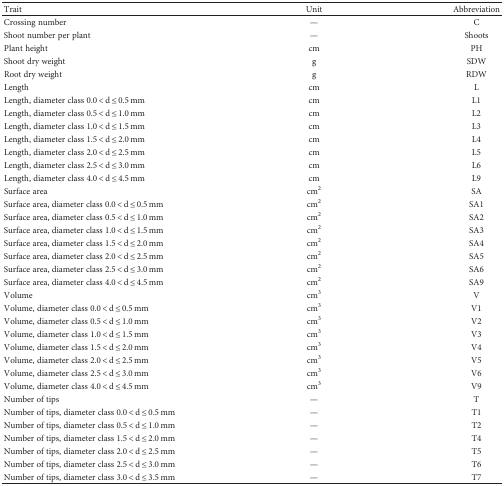
<table><thead><tr><td><b>Trait</b></td><td><b>Unit</b></td><td><b>Abbreviation</b></td></tr></thead><tbody><tr><td>Crossing number</td><td>—</td><td>C</td></tr><tr><td>Shoot number per plant</td><td>—</td><td>Shoots</td></tr><tr><td>Plant height</td><td>cm</td><td>PH</td></tr><tr><td>Shoot dry weight</td><td>g</td><td>SDW</td></tr><tr><td>Root dry weight</td><td>g</td><td>RDW</td></tr><tr><td>Length</td><td>cm</td><td>L</td></tr><tr><td>Length, diameter class 0.0 &lt; d ≤ 0.5 mm</td><td>cm</td><td>L1</td></tr><tr><td>Length, diameter class 0.5 &lt; d ≤ 1.0 mm</td><td>cm</td><td>L2</td></tr><tr><td>Length, diameter class 1.0 &lt; d ≤ 1.5 mm</td><td>cm</td><td>L3</td></tr><tr><td>Length, diameter class 1.5 &lt; d ≤ 2.0 mm</td><td>cm</td><td>L4</td></tr><tr><td>Length, diameter class 2.0 &lt; d ≤ 2.5 mm</td><td>cm</td><td>L5</td></tr><tr><td>Length, diameter class 2.5 &lt; d ≤ 3.0 mm</td><td>cm</td><td>L6</td></tr><tr><td>Length, diameter class 4.0 &lt; d ≤ 4.5 mm</td><td>cm</td><td>L9</td></tr><tr><td>Surface area</td><td>cm<sup>2</sup></td><td>SA</td></tr><tr><td>Surface area, diameter class 0.0 &lt; d ≤ 0.5 mm</td><td>cm<sup>2</sup></td><td>SA1</td></tr><tr><td>Surface area, diameter class 0.5 &lt; d ≤ 1.0 mm</td><td>cm<sup>2</sup></td><td>SA2</td></tr><tr><td>Surface area, diameter class 1.0 &lt; d ≤ 1.5 mm</td><td>cm<sup>2</sup></td><td>SA3</td></tr><tr><td>Surface area, diameter class 1.5 &lt; d ≤ 2.0 mm</td><td>cm<sup>2</sup></td><td>SA4</td></tr><tr><td>Surface area, diameter class 2.0 &lt; d ≤ 2.5 mm</td><td>cm<sup>2</sup></td><td>SA5</td></tr><tr><td>Surface area, diameter class 2.5 &lt; d ≤ 3.0 mm</td><td>cm<sup>2</sup></td><td>SA6</td></tr><tr><td>Surface area, diameter class 4.0 &lt; d ≤ 4.5 mm</td><td>cm<sup>2</sup></td><td>SA9</td></tr><tr><td>Volume</td><td>cm<sup>3</sup></td><td>V</td></tr><tr><td>Volume, diameter class 0.0 &lt; d ≤ 0.5 mm</td><td>cm<sup>3</sup></td><td>V1</td></tr><tr><td>Volume, diameter class 0.5 &lt; d ≤ 1.0 mm</td><td>cm<sup>3</sup></td><td>V2</td></tr><tr><td>Volume, diameter class 1.0 &lt; d ≤ 1.5 mm</td><td>cm<sup>3</sup></td><td>V3</td></tr><tr><td>Volume, diameter class 1.5 &lt; d ≤ 2.0 mm</td><td>cm<sup>3</sup></td><td>V4</td></tr><tr><td>Volume, diameter class 2.0 &lt; d ≤ 2.5 mm</td><td>cm<sup>3</sup></td><td>V5</td></tr><tr><td>Volume, diameter class 2.5 &lt; d ≤ 3.0 mm</td><td>cm<sup>3</sup></td><td>V6</td></tr><tr><td>Volume, diameter class 4.0 &lt; d ≤ 4.5 mm</td><td>cm<sup>3</sup></td><td>V9</td></tr><tr><td>Number of tips</td><td>—</td><td>T</td></tr><tr><td>Number of tips, diameter class 0.0 &lt; d ≤ 0.5 mm</td><td>—</td><td>T1</td></tr><tr><td>Number of tips, diameter class 0.5 &lt; d ≤ 1.0 mm</td><td>—</td><td>T2</td></tr><tr><td>Number of tips, diameter class 1.5 &lt; d ≤ 2.0 mm</td><td>—</td><td>T4</td></tr><tr><td>Number of tips, diameter class 2.0 &lt; d ≤ 2.5 mm</td><td>—</td><td>T5</td></tr><tr><td>Number of tips, diameter class 2.5 &lt; d ≤ 3.0 mm</td><td>—</td><td>T6</td></tr><tr><td>Number of tips, diameter class 3.0 &lt; d ≤ 3.5 mm</td><td>—</td><td>T7</td></tr></tbody></table>